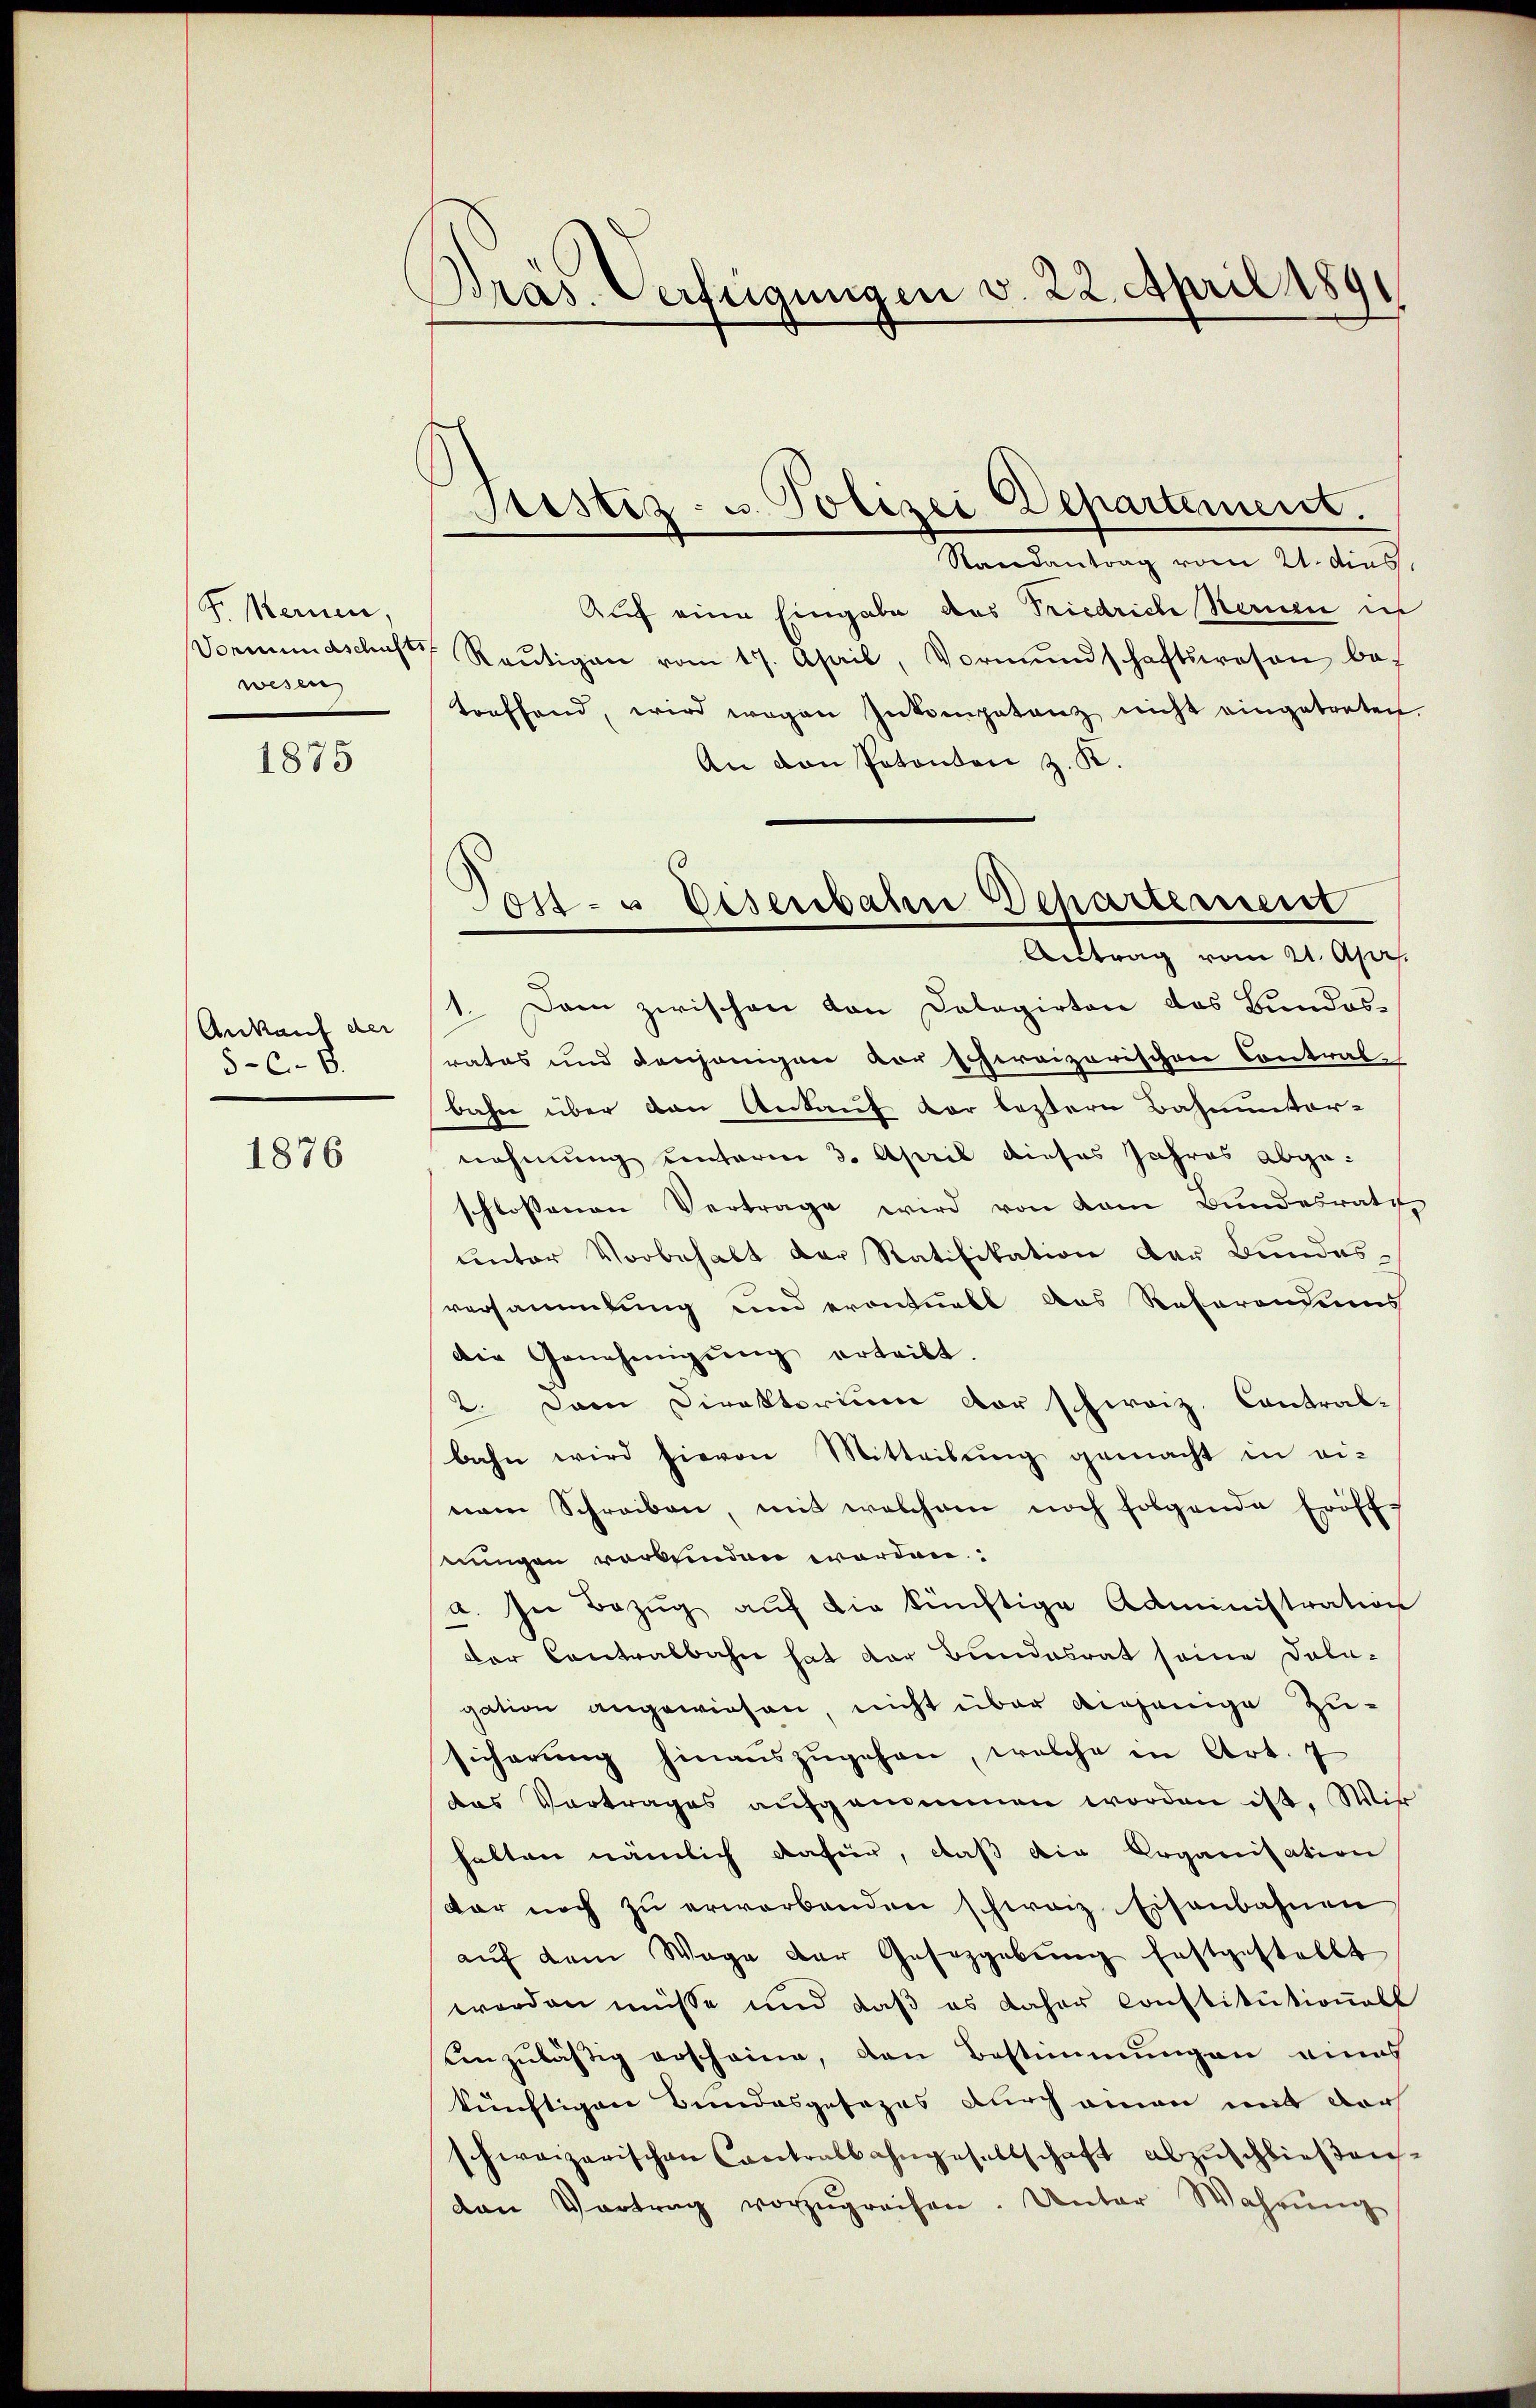
Fr. Kernen,
Vormundschafts
wesen

1875

Ankauf der
5-C.- 8.

1876

Präs. Verfügungen v. 22. April 1891

Justiz- u. Polizei Departement.

Randantrag vom 21. dies,
Auf eine Eingabe des Friedriche Sternen in
Reŭtigen vom 17. April, Vormŭndschaftswesen bef
toeffend, wird wegen Inkompetenz nicht eingetreten.
An den Patenten z. K.
1. Dem zwischen von Dolagirten das Bundesrates und Denhangen vor schreizerischen Contral-
bahn über den Ankauf vor leztere Bahnunter-
nehmung unterm 3. April dieses Jahres abgeschlossenen Vertrage wird von dem Bundesrath
unter Vorbehalt der Ratifikation der Bundes-
versammlung und erontnell das Reserondiens
die Genehmigŭng erteilt.
2. Dann Direktorium vor schweiz. Contral-
bahn wird hievon Mitteilŭng gemacht in ei-
nem Schreiben, mit welchem noch folgende Eröffseuungen vorbenden worden.
a. In Bezŭg aŭf die künftige Administration
der Contralbahn hat der Bundesrat seine Dola-
gation angewiesen, nicht über diejenige Zusicherung hinauszugehen, welche in Art. 7
das Vertrages aŭfgenommen worden ist. Wir
halten nämlich dafür, daß die Organisation
war noch zu erworbenden schwarz Eisenbahnen
aŭf dem Wege der Gesetzgebung festgestellt
worden müsse und daß es daher Constitutionell
einzuläßig erscheine, den Bestimmungen eines
künftigen Bundesgesezes durch eman mit der
schweizerischen Cantralbahngesellschaft abzuschließen.
van Vertrag vorzŭgreifen. Unter Wahrŭng

Post- u Eisenbahn Departement
Autrag vom 21. April.